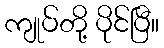
ကျုပ်တို့ ပိုင်ပြီ။